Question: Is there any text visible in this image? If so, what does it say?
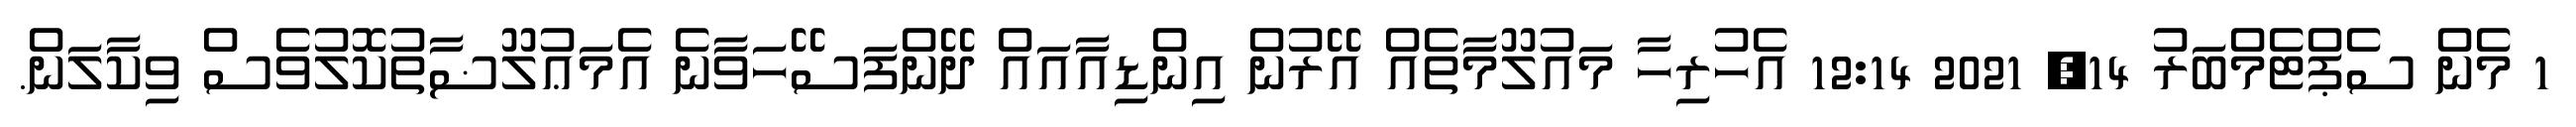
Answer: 1 މެން ސެޕްޓެމްބަރު 14, 2021 12:14 އެހުރިހާ މައުލޫމާތެއް އޭރުން އިންޑިއާއައް ދޭންފަސޭހަވާނެ އެމަޢުލޫޟާތުކޮލުވެސް ވިކާލަން.